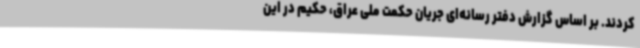
کردند. بر اساس گزارش دفتر رسانه‌ای جریان حکمت ملی عراق، حکیم در این